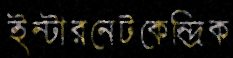
ইন্টারনেটকেন্দ্রিক